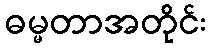
ဓမ္မတာအတိုင်း